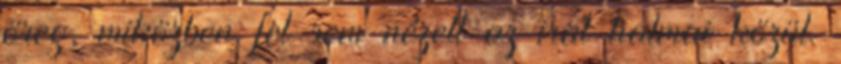
öreg, miközben fel sem nézett az irat halmai közül.